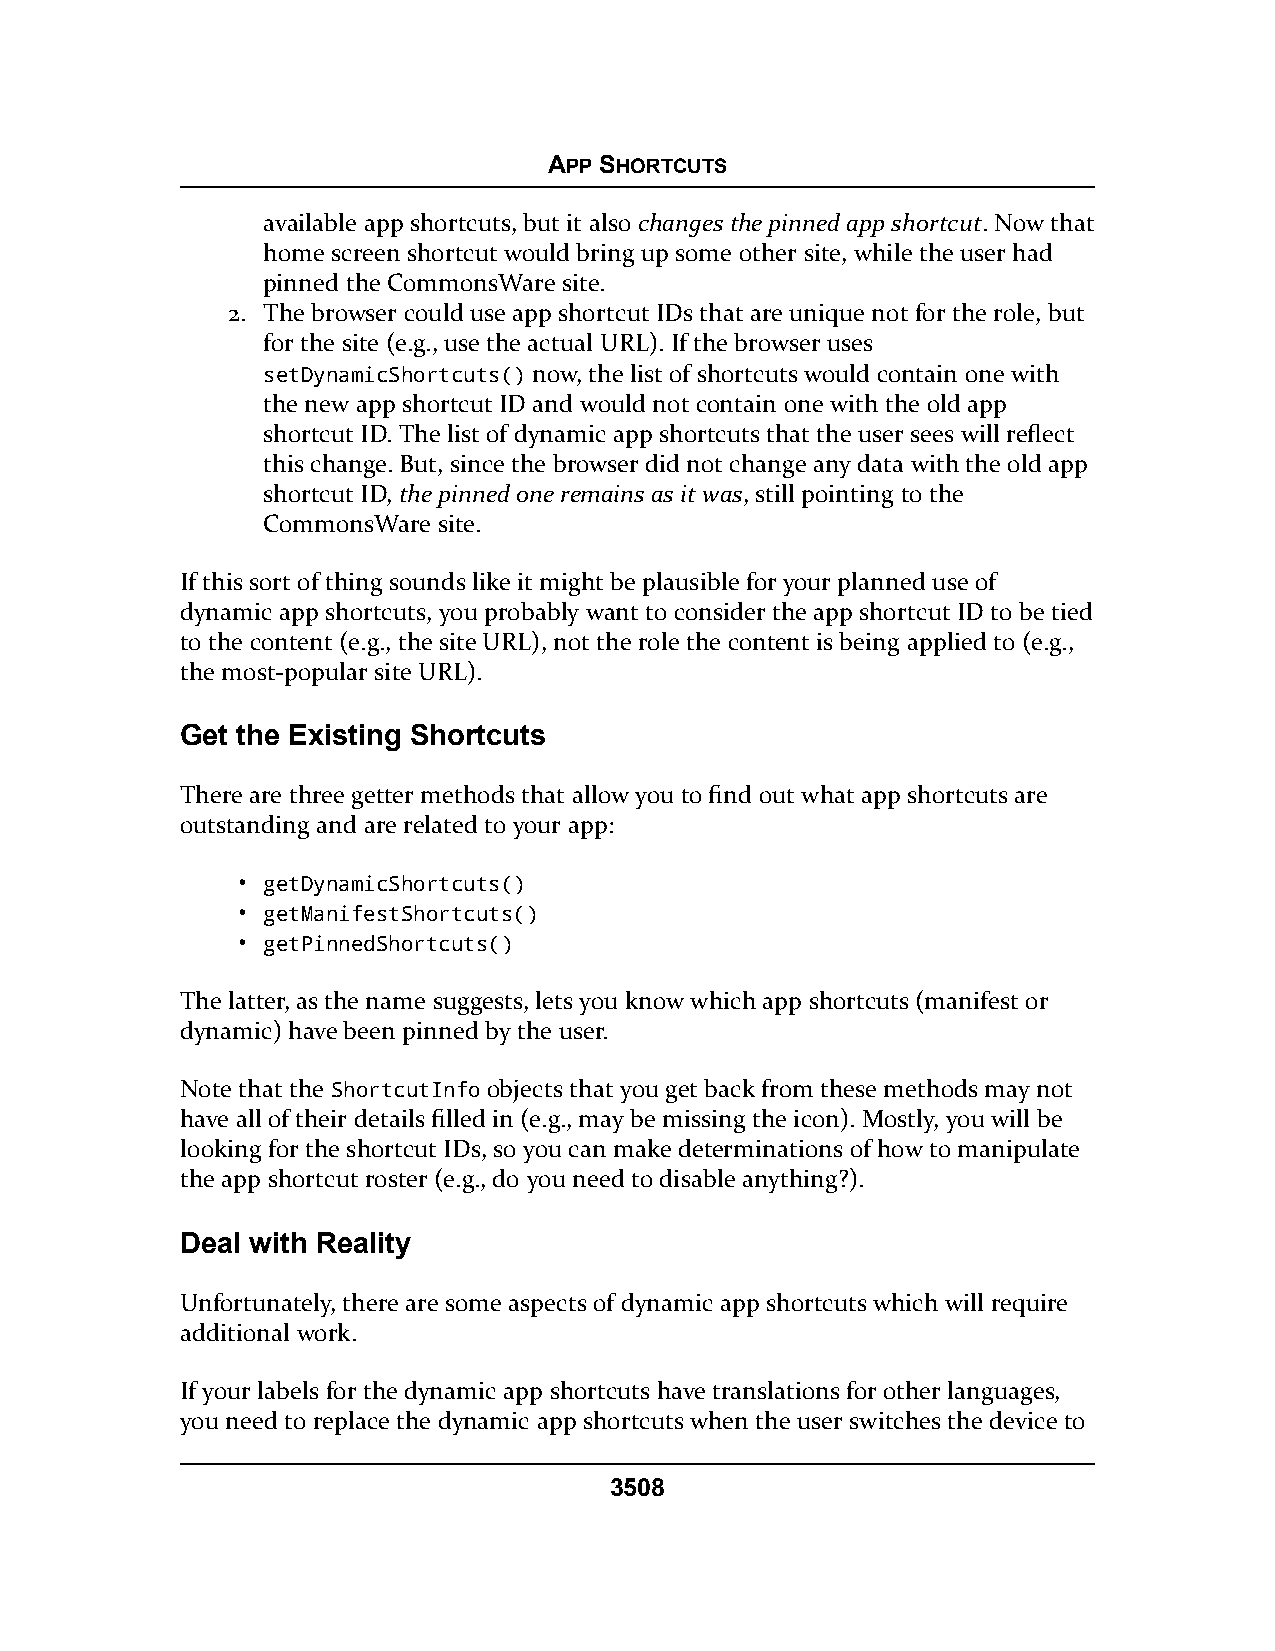
APP SHORTCUTS
 available app shortcuts, but it also changes the pinned app shortcut. Now that
 home screen shortcut would bring up some other site, while the user had
 pinned the CommonsWare site.
 2. The browser could use app shortcut IDs that are unique not for the role, but
 for the site (e.g., use the actual URL). If the browser uses
 setDynamicShortcuts() now, the list of shortcuts would contain one with
 the new app shortcut ID and would not contain one with the old app
 shortcut ID. The list of dynamic app shortcuts that the user sees will reflect
 this change. But, since the browser did not change any data with the old app
 shortcut ID, the pinned one remains as it was, still pointing to the
 CommonsWare site.
 If this sort of thing sounds like it might be plausible for your planned use of
 dynamic app shortcuts, you probably want to consider the app shortcut ID to be tied
 to the content (e.g., the site URL), not the role the content is being applied to (e.g.,
 the most-popular site URL).
 Get the Existing Shortcuts
 There are three getter methods that allow you to find out what app shortcuts are
 outstanding and are related to your app:
 • getDynamicShortcuts()
 • getManifestShortcuts()
 • getPinnedShortcuts()
 The latter, as the name suggests, lets you know which app shortcuts (manifest or
 dynamic) have been pinned by the user.
 Note that the ShortcutInfo objects that you get back from these methods may not
 have all of their details filled in (e.g., may be missing the icon). Mostly, you will be
 looking for the shortcut IDs, so you can make determinations of how to manipulate
 the app shortcut roster (e.g., do you need to disable anything?).
 Deal with Reality
 Unfortunately, there are some aspects of dynamic app shortcuts which will require
 additional work.
 If your labels for the dynamic app shortcuts have translations for other languages,
 you need to replace the dynamic app shortcuts when the user switches the device to
 3508